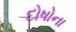
દોષોના